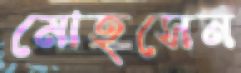
মোহসেন